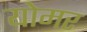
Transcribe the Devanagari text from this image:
योमर